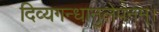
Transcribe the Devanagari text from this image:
दिव्यगन्धानुलेपनम्‌।